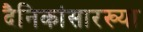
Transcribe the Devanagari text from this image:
दैनिकांसारख्या